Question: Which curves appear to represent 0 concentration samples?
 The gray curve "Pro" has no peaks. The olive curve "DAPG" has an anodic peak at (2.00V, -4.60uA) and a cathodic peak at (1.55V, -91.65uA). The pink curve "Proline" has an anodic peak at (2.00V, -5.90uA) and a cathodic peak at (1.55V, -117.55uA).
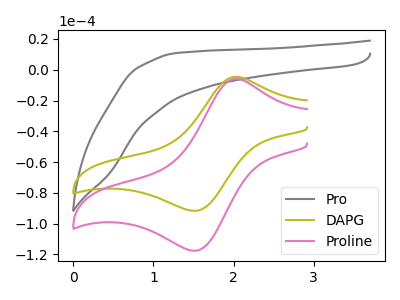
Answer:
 <answer>"Pro" is likely to be a blank.</answer>
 <eval>Pro</eval>